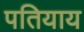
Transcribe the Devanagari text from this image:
पतियाय